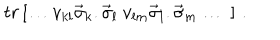
LaTeX: t r \left[ \ldots v _ { k l } \vec { \sigma } _ { k } . \vec { \sigma } _ { l } ~ v _ { l m } \vec { \sigma } _ { l } . \vec { \sigma } _ { m } \ldots \ \right] \, .